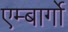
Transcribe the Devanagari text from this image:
एम्बार्गो